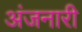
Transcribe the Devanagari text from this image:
अंजनारी